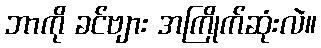
ဘာကို ခင်ဗျား အကြိုက်ဆုံးလဲ။